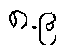
၈.၉